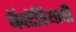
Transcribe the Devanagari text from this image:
बॅक्टेरियाची